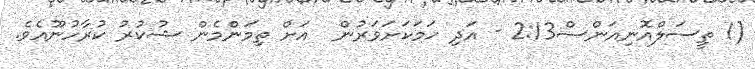
(1 ތީސަލްއޮނިއަންސް2:13 - އަދި ހަމަކަށަވަރުން  އަށް ތިމަންމެން ޝުކުރު ކުރާހުނޫއެވެ.